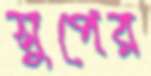
সুপের